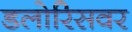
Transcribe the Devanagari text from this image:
डलोरिसवर